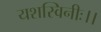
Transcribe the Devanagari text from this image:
यशस्विनीः।।